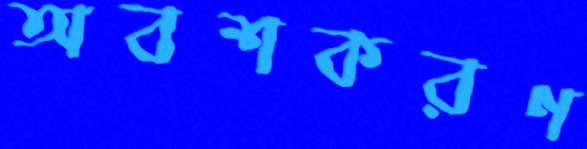
অবশকরণ